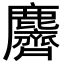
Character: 麡